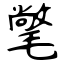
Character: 氅